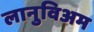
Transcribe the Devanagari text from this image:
लानुविअम